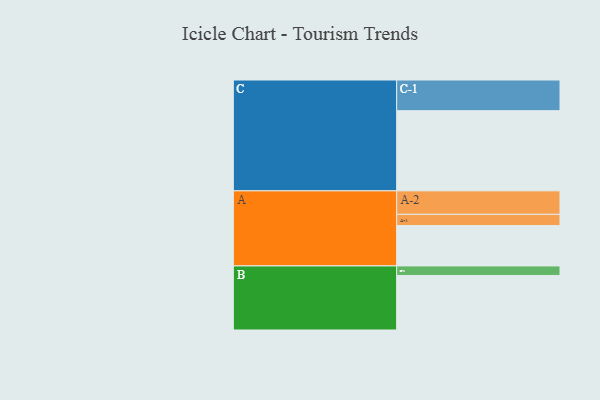
{"axis": {"x": "Segment", "y": "Value"}, "legend": ["", "A", "B", "C"], "data": [{"x": "A", "y": 301, "type": ""}, {"x": "B", "y": 407, "type": ""}, {"x": "C", "y": 598, "type": ""}, {"x": "A-1", "y": 84, "type": "A"}, {"x": "A-2", "y": 175, "type": "A"}, {"x": "B-1", "y": 71, "type": "B"}, {"x": "C-1", "y": 229, "type": "C"}]}